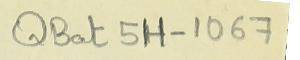
QBat 5H-1067